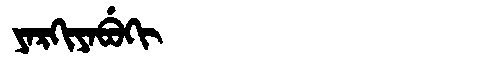
Manchu: ᠶᠠᡵᡴᡳᠶᠠᠪᡠᡴᡳ
Romanization: YARKIYABUKI